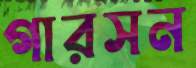
গারসন